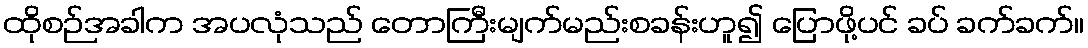
ထိုစဉ်အခါက အပလုံသည် တောကြီးမျက်မည်းစခန်းဟူ၍ ပြောဖို့ပင် ခပ် ခက်ခက်။